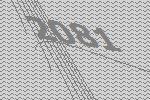
2081